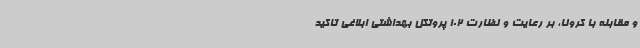
و مقابله با کرونا، بر رعایت و نظارت 102 پروتکل بهداشتی ابلاغی تاکید